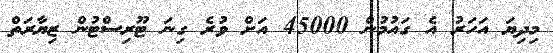
މިދިޔަ އަހަރު އެ ގައުމުން 45000 އަށް ވުރެ ގިނަ ޓޫރިސްޓުން ޒިޔާރަތް